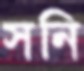
সনি